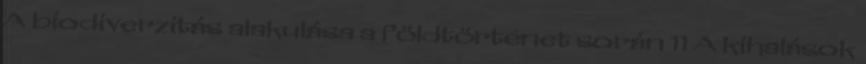
A biodiverzitás alakulása a földtörténet során 11 A kihalások